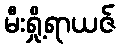
မီးရှို့ရာယဇ်